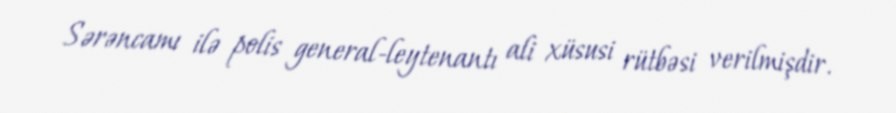
Sərəncamı ilə polis general-leytenantı ali xüsusi rütbəsi verilmişdir.